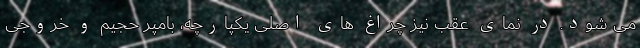
می شود. در نمای عقب نیز چراغ های اصلی یکپارچه، بامپر حجیم و خروجی